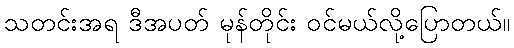
သတင်းအရ ဒီအပတ် မုန်တိုင်း ဝင်မယ်လို့ပြောတယ်။